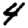
Digit: 4